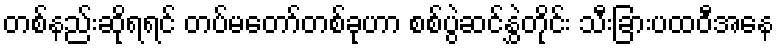
တစ်နည်းဆိုရရင် တပ်မတော်တစ်ခုဟာ စစ်ပွဲဆင်နွှဲတိုင်း သီးခြားပထဝီအနေ